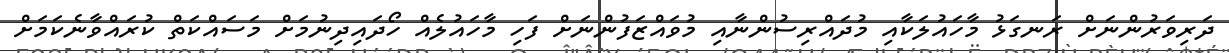
ދަރިވަރުންނަށް ރަނގަޅު މާހައުލަކާއި މުދައްރިސުންނާއި މުވައްޒަފުންނަށް ފަހި މާހައުލެއް ހޯދައިދިނުމަށް މަސައްކަތް ކުރައްވާނެކަމަށް